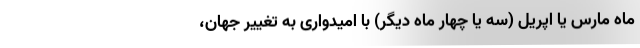
ماه مارس یا اپریل (سه یا چهار ماه دیگر) با امیدواری به تغییر جهان،